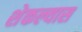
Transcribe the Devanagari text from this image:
शेकल्यास